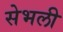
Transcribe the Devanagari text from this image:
सेभली